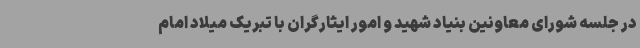
در جلسه شورای معاونین بنیاد شهید و امور ایثارگران با تبریک میلاد امام